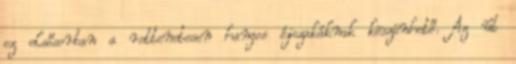
ez elsősorban a rettenetesen hangos éjszakáknak köszönhető. Az út